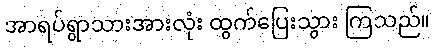
အာရပ်ရွာသားအားလုံး ထွက်ပြေးသွား ကြသည်။